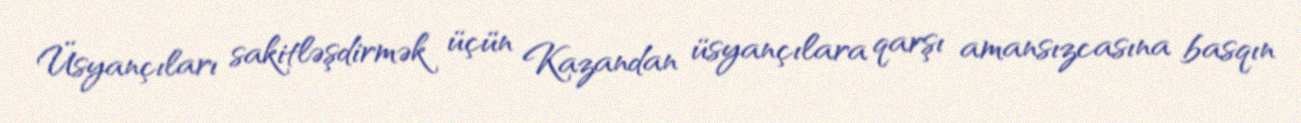
Üsyançıları sakitləşdirmək üçün Kazandan üsyançılara qarşı amansızcasına basqın